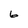
Character: 6